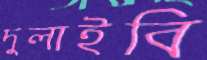
দুলাইবি